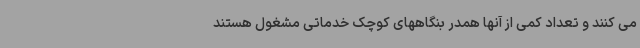
می کنند و تعداد کمی از آنها همدر بنگاههای کوچک خدماتی مشغول هستند